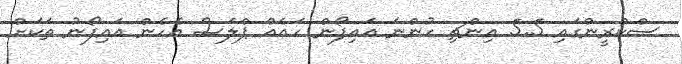
ސްކްރީންގައި 5.5 އިންޗި ހުންނަ އައިފޯން ހައެއް ޕްލަސް އެހެން އައިފޯނު ތަކަށް